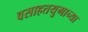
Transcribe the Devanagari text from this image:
वसाहतयुगाच्या